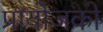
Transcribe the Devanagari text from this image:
प्रायोजको